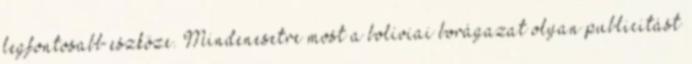
legfontosabb eszköze. Mindenesetre most a bolíviai borágazat olyan publicitást